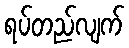
ရပ်တည်လျက်